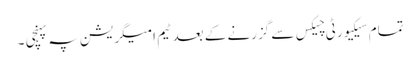
تمام سیکیورٹی چیکس سے گزرنے کے بعد ٹیم امیگریشن پہ پہنچی ۔